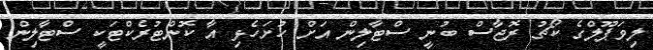
ލިވަޕޫލްގެ ކޯޗު ރޮޖާސް ބުނީ ސްޓާލިން އަށް ހުށަހެޅި އާ ކޮންޓުރެކްޓަކީ ސްޓާލިން